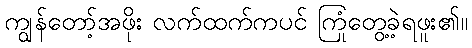
ကျွန်တော့်အဖိုး လက်ထက်ကပင် ကြုံတွေ့ခဲ့ရဖူး၏။